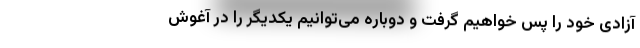
آزادی خود را پس خواهیم گرفت و دوباره می‌توانیم یکدیگر را در آغوش